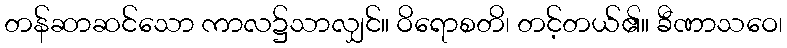
တန်ဆာဆင်သော ကာလ၌သာလျှင်။ ဝိရောစတိ၊ တင့်တယ်၏။ ခီဏာသဝေ၊